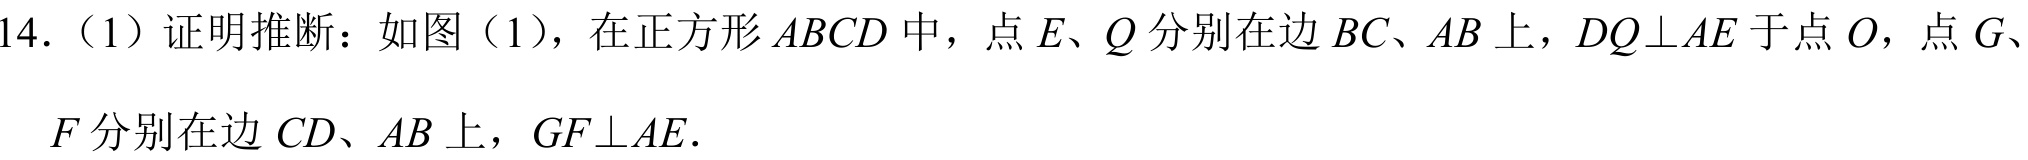
14.（1）证明推断：如图（1），在正方形\(ABCD\)中，点\(E、Q\)分别在边\(BC、AB\)上，\(DQ\perp AE\)于点\(O\)，点\(G、\)
\(F\)分别在边\(CD、AB\)上，\(GF\perp AE\).